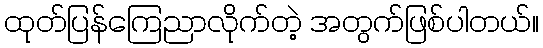
ထုတ်ပြန်ကြေညာလိုက်တဲ့ အတွက်ဖြစ်ပါတယ်။